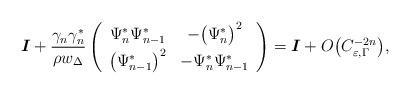
LaTeX: \begin{align*}\boldsymbol{I} + \frac{\gamma_n\gamma_n^*}{\rho w_\Delta} \left(\begin{array}{cc} \Psi_n^*\Psi_{n-1}^* & -\big(\Psi_n^*\big)^2 \smallskip \\ \big(\Psi_{n-1}^*\big)^2 & -\Psi_n^*\Psi_{n-1}^* \end{array}\right) = \boldsymbol{I} + O\big( C_{\varepsilon,\Gamma}^{-2n}\big),\end{align*}